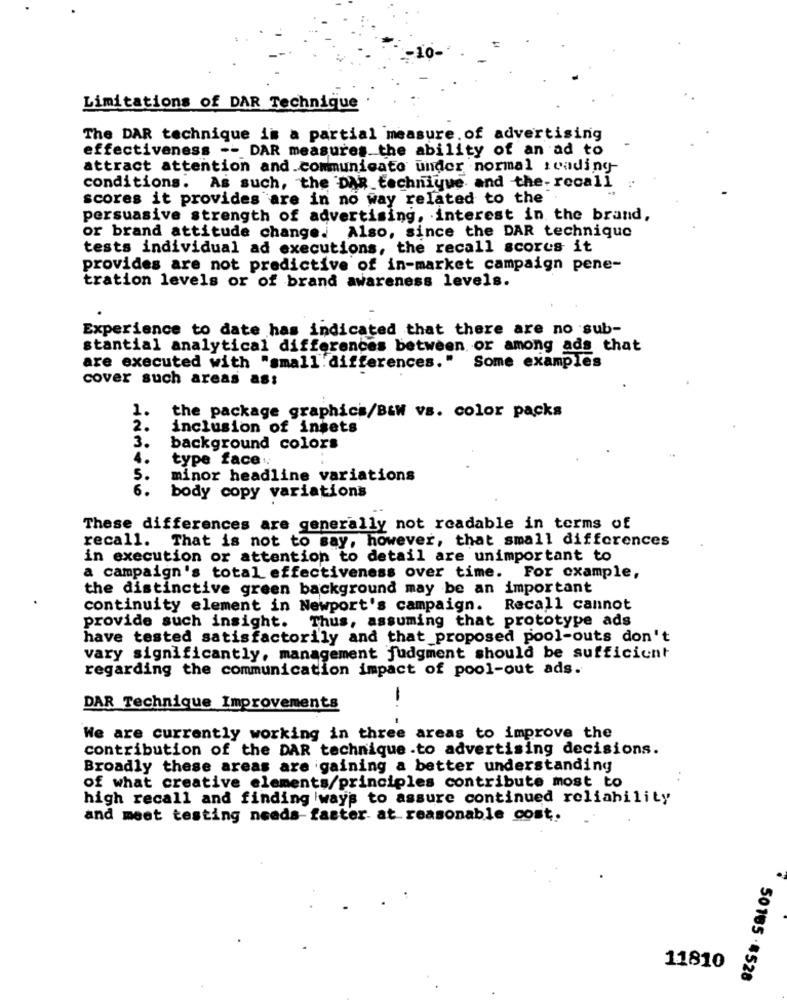
Limitations of DAR Technique
The DAR technique is a partial measure of advertising
effectiveness -- DAR measures the ability of an ad to
attract attention and communicate under normal reading-
conditions. As such, the DAR technique and the- recall
scores it provides are in no way related to the
persuasive strength of advertising, interest in the brand,
or brand attitude change. Also, since the DAR technique
tests individual ad executions, the recall scores it
provides are not predictive of in-market campaign pene-
tration levels or of brand awareness levels.
Experience to date has indicated that there are no sub-
stantial analytical differences between or among ads that
are executed with "small. differences."
Some examples
cover such areas ass
1.
the package graphics/B&W vs. color packs
2.
inclusion of insets
3.
background colors
4.
type face
5.
minor headline variations
6.
body copy variations
These differences are generally not readable in terms of
recall. That is not to say, however, that small differences
in execution or attention to detail are unimportant to
a campaign's total effectiveness over time. For example,
the distinctive green background may be an important
continuity element in Newport's campaign. Recall cannot
Thus, assuming that prototype ads
provide such insight.
have tested satisfactorily and that proposed pool-outs don't
vary significantly, management judgment should be sufficient
regarding the communication impact of pool-out ads.
DAR Technique Improvements
--
We are currently working in three areas to improve the
contribution of the DAR technique .to advertising decisions.
Broadly these areas are gaining a better understanding
of what creative elements/principles contribute most to
high recall and finding ways to assure continued reliability
and meet testing needs-faster at reasonable cost.
11810
50165 - $528